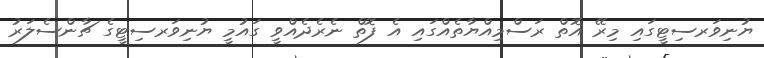
ޔުނިވަރސިޓީގައި މިރޭ އޮތް ރަސްމިއްޔާތެއްގައި އެ ފޮތް ނެރެދެއްވީ ގައުމީ ޔުނިވަރސިޓީގެ ޗާންސެލަރު